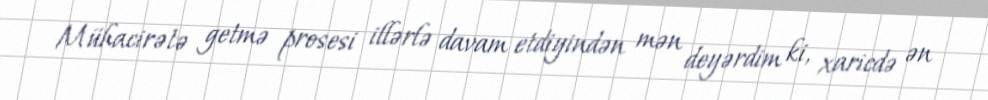
Mühacirətə getmə prosesi illərlə davam etdiyindən mən deyərdim ki, xaricdə ən